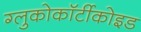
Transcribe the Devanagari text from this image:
ग्लुकोकॉर्टीकोइड